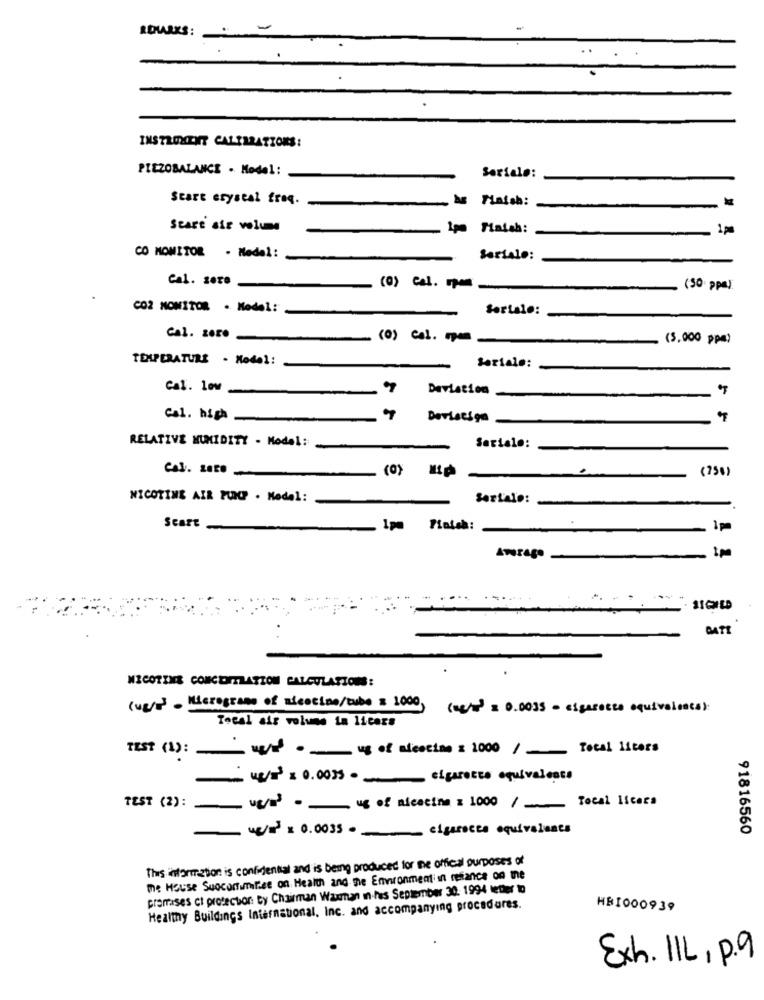
ROUES: -
INSTRUMENT CALIBRATIONS:
PIEZOBALANCE . Model:
Seriale:
Start eryseal freq.
Finish:
Stare sie volume
1po Finish:
1pm
CO MONITOR - Medel:
Seriale:
Cal. 2010
(0) cel. po
(50 ppa)
CO2 MONITOR . Model:
Soriale:
Cal. zor.
(0) Col. ru
(3,000 ppm)
TELPERATURE . Model:
Seriale:
Cal. low
Deviation
Col. high
Deviaciga
RELATIVE HUMIDITY - Model:
Seriale:
Cal. 2020
.
(750)
NICOTINE AIR PUMP . Model:
Serialo:
Scart
1 pm
AwrAgo
GATT
NICOTINE CONCENTRATION CALCULATIONS:
(wer). Micrograms of micocina/tube = 1000) (me/1) = 0.0035 - cigarocze equivalents):
Tocal air volume ta licars
TEST (1): w/ -- ug of alescing = 1000 / Total liters
48/13 x 0.0035 - ___ cigarette equivalente
TEST (2): v/m3 - ug of micecia = 1000 / Total litera
w/= = 0.0035 - cigarscce equivalents
91816560
This information is confidential and is being produced for the official purposes of
me House Suocommittee on Health and the Environment in reliance on the
premises ct protector: ty Chairman Waxman in hes September 30. 1994 letter to
Healthy Buildings International, Inc. and accompanying procedures.
HBI000939
Exh. 11L, p.9